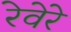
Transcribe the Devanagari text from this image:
रेवेरे